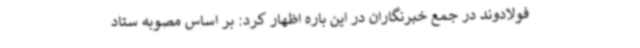
فولادوند در جمع خبرنگاران در این باره اظهار کرد: بر اساس مصوبه ستاد